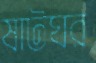
ষাটঘর